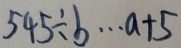
5 4 5 \div b \cdots a + 5